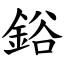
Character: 鋊